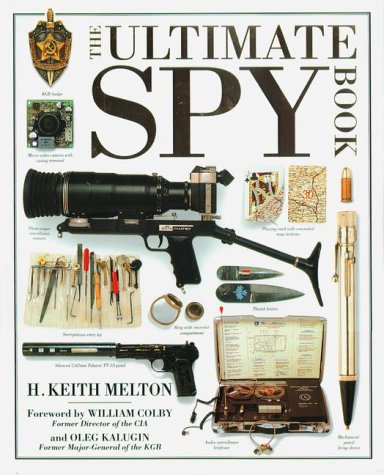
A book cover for The Ultimate Spy Book; H. Keith Melton; History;